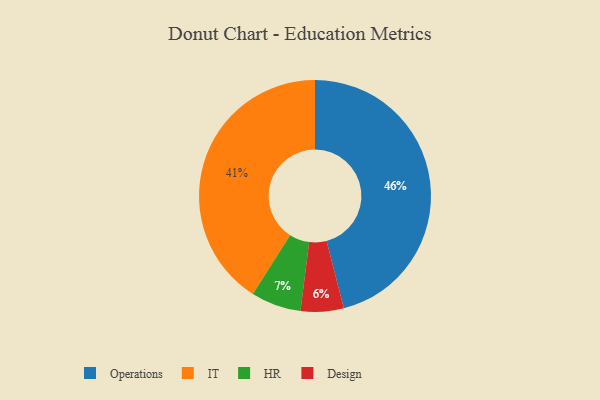
{"axis": {"x": "Category", "y": "Percentage"}, "legend": ["Design", "HR", "IT", "Operations"], "data": [{"x": "Design", "y": 6, "type": "Design"}, {"x": "Operations", "y": 46, "type": "Operations"}, {"x": "HR", "y": 7, "type": "HR"}, {"x": "IT", "y": 41, "type": "IT"}]}